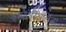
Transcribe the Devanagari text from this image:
इम्मैटेरिअलिज्म